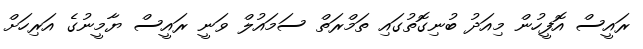
ރައީސް އޮފީހުން މިއަދު ބުނިގޮތުގައި ތަމްރަތް ސަމައުލް ވަނީ ރައީސް ޔާމީނުގެ އަރިހަށް